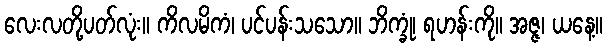
လေးလတို့ပတ်လုံး။ ကိလမိကံ၊ ပင်ပန်းသသော။ ဘိက္ခုံ၊ ရဟန်းကို။ အဇ္ဇ၊ ယနေ့။